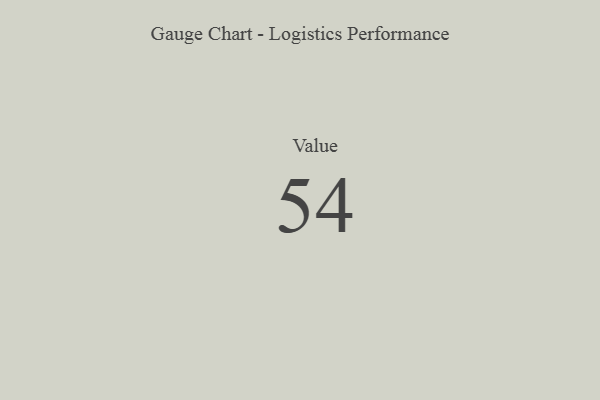
{"axis": {"x": "Metric", "y": "Value"}, "legend": [""], "data": [{"x": "Value", "y": 54, "type": ""}]}